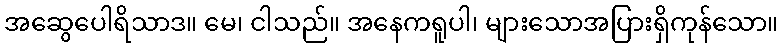
အဆွေပေါရိသာဒ။ မေ၊ ငါသည်။ အနေကရူပါ၊ များသောအပြားရှိကုန်သော။